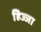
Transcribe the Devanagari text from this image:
हिज्जा